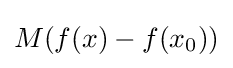
M(f(x)-f(x_{0}))